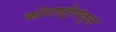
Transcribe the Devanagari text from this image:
कोराष्ट्रीयकृत